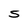
Character: S